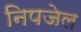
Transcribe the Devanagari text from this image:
निपजेल